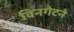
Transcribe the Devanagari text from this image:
विनगेटने